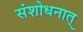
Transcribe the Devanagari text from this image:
संशोधनात्